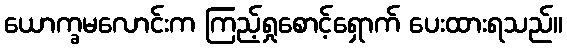
ယောက္ခမလောင်းက ကြည့်ရှုစောင့်ရှောက် ပေးထားရသည်။